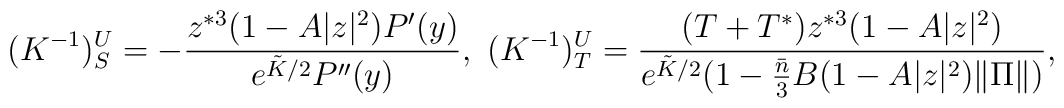
(K^{-1})^U_S = -\frac{z^{*3}(1-A|z|^2)P'(y)} {e^{\tilde{K}/2}P''(y)},\mbox{ }	(K^{-1})^U_T = \frac{(T+T^*)z^{*3}(1-A|z|^2)} {e^{\tilde{K}/2} 	(1-\frac{\bar{n}}{3}B(1-A|z|^2)\|\Pi\|)},